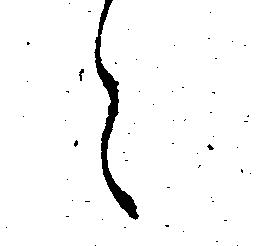
々